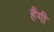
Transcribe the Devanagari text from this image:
हैंगी